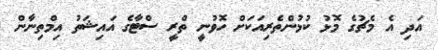
އަދި އެ މެޗުގެ މޮޅު ކުޅުންތެރިއަކަށް ހޮވުނީ ތްރީ ސްޓާގެ އައިޝަތު އިމްތިނާން